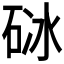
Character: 𥒜